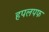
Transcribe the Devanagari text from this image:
हपलपफ